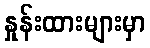
နှုန်းထားများမှာ